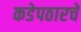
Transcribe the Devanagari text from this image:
कडेपठारचे